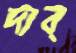
দাব্‌